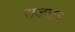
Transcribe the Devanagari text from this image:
राजछत्र